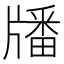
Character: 𤗹